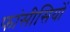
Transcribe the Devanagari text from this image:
फांसीसियों